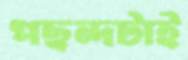
পছন্দটাই